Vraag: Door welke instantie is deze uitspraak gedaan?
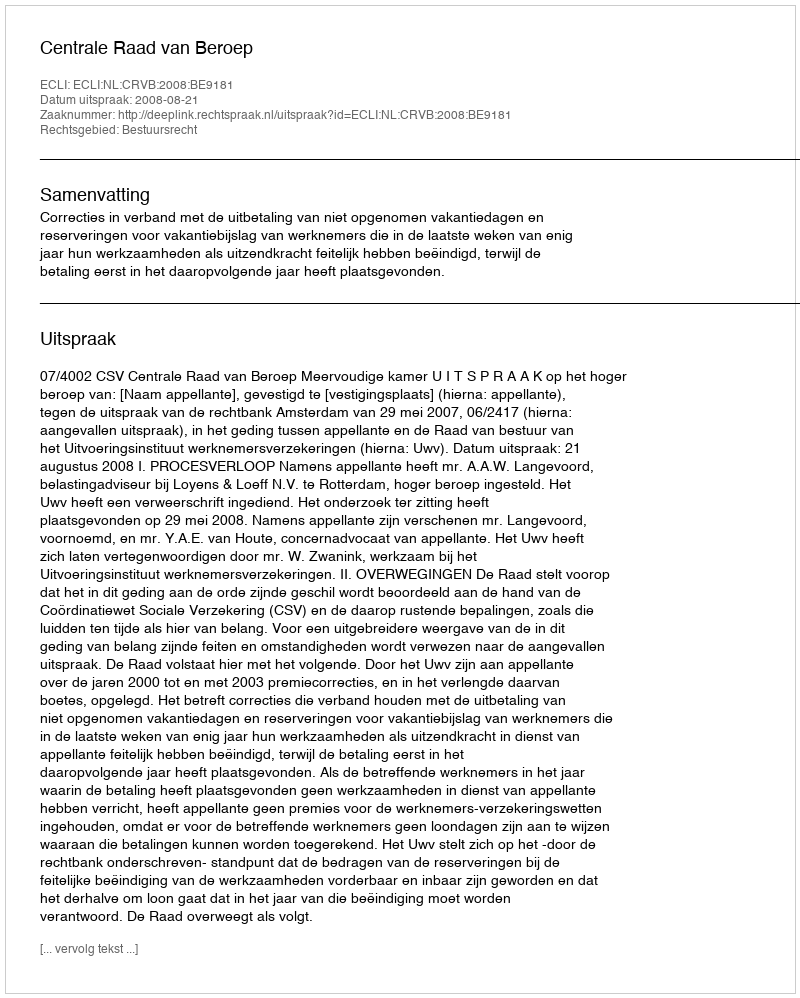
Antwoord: Centrale Raad van Beroep